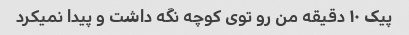
پیک ۱۰ دقیقه من رو توی کوچه نگه داشت و پیدا نمیکرد